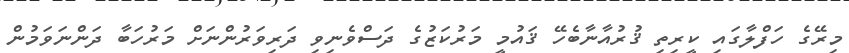
މިރޭގެ ހަފްލާގައި ކީރިތި ޤުރުއާނާބެހޭ ޤައުމީ މަރުކަޒުގެ ދަސްވެނިވި ދަރިވަރުންނަށް މަރުހަބާ ދަންނަވަމުން